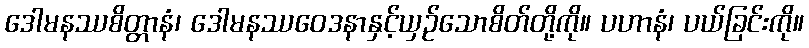
ဒေါမနဿစိတ္တာနံ၊ ဒေါမနဿဝေဒနာနှင့်ယှဉ်သောစိတ်တို့ကို။ ပဟာနံ၊ ပယ်ခြင်းကို။